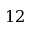
1 2